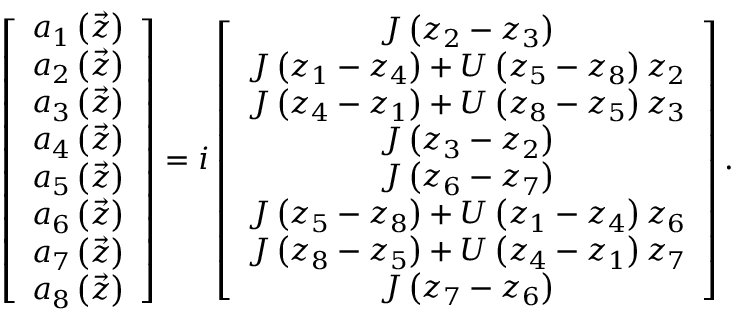
\left[ \begin{array} { c } { a _ { 1 } \left( \vec { z } \right) } \\ { a _ { 2 } \left( \vec { z } \right) } \\ { a _ { 3 } \left( \vec { z } \right) } \\ { a _ { 4 } \left( \vec { z } \right) } \\ { a _ { 5 } \left( \vec { z } \right) } \\ { a _ { 6 } \left( \vec { z } \right) } \\ { a _ { 7 } \left( \vec { z } \right) } \\ { a _ { 8 } \left( \vec { z } \right) } \end{array} \right] = i \left[ \begin{array} { c } { J \left( z _ { 2 } - z _ { 3 } \right) } \\ { J \left( z _ { 1 } - z _ { 4 } \right) + U \left( z _ { 5 } - z _ { 8 } \right) z _ { 2 } } \\ { J \left( z _ { 4 } - z _ { 1 } \right) + U \left( z _ { 8 } - z _ { 5 } \right) z _ { 3 } } \\ { J \left( z _ { 3 } - z _ { 2 } \right) } \\ { J \left( z _ { 6 } - z _ { 7 } \right) } \\ { J \left( z _ { 5 } - z _ { 8 } \right) + U \left( z _ { 1 } - z _ { 4 } \right) z _ { 6 } } \\ { J \left( z _ { 8 } - z _ { 5 } \right) + U \left( z _ { 4 } - z _ { 1 } \right) z _ { 7 } } \\ { J \left( z _ { 7 } - z _ { 6 } \right) } \end{array} \right] .